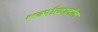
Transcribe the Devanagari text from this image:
१९वर्षाखालील